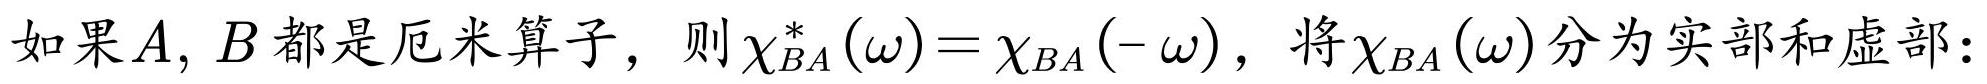
如果$A, B$都是厄米算子，则$\chi_{BA}^{*}(\omega)=\chi_{BA}(-\omega)$，将$\chi_{BA}(\omega)$分为实部和虚部：